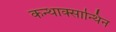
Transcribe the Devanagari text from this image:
कन्थाक्सान्थिन